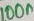
Text: 100n